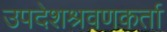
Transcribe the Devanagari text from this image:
उपदेशश्रवणकर्ता